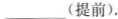
___ (提前).